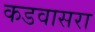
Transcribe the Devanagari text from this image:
कडवासरा